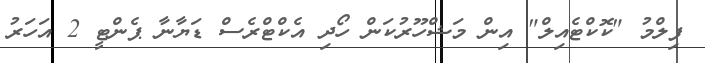
ފިލްމު "ކޮކްޓެއިލް" އިން މަޝްހޫރުކަން ހޯދި އެކްޓްރެސް ޑަޔާނާ ޕެންޓީ 2 އަހަރު